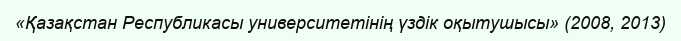
«Қазақстан Республикасы университетінің үздік оқытушысы» (2008, 2013)